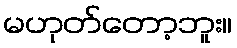
မဟုတ်တော့ဘူး။